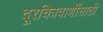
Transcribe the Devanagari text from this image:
दूरचित्रवाणींसाठी